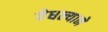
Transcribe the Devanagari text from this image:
वेधल्याने